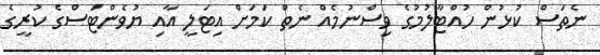
ނެތަސް ކުޅުން ހުއްޓާލުމުގެ ވިސްނުމެއް ނެތް ކަމަށް އިޓަލީ އާއި ޔުވެންޓަސްގެ ކުރީގެ